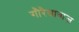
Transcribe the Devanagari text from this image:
गौरैयाबाज़